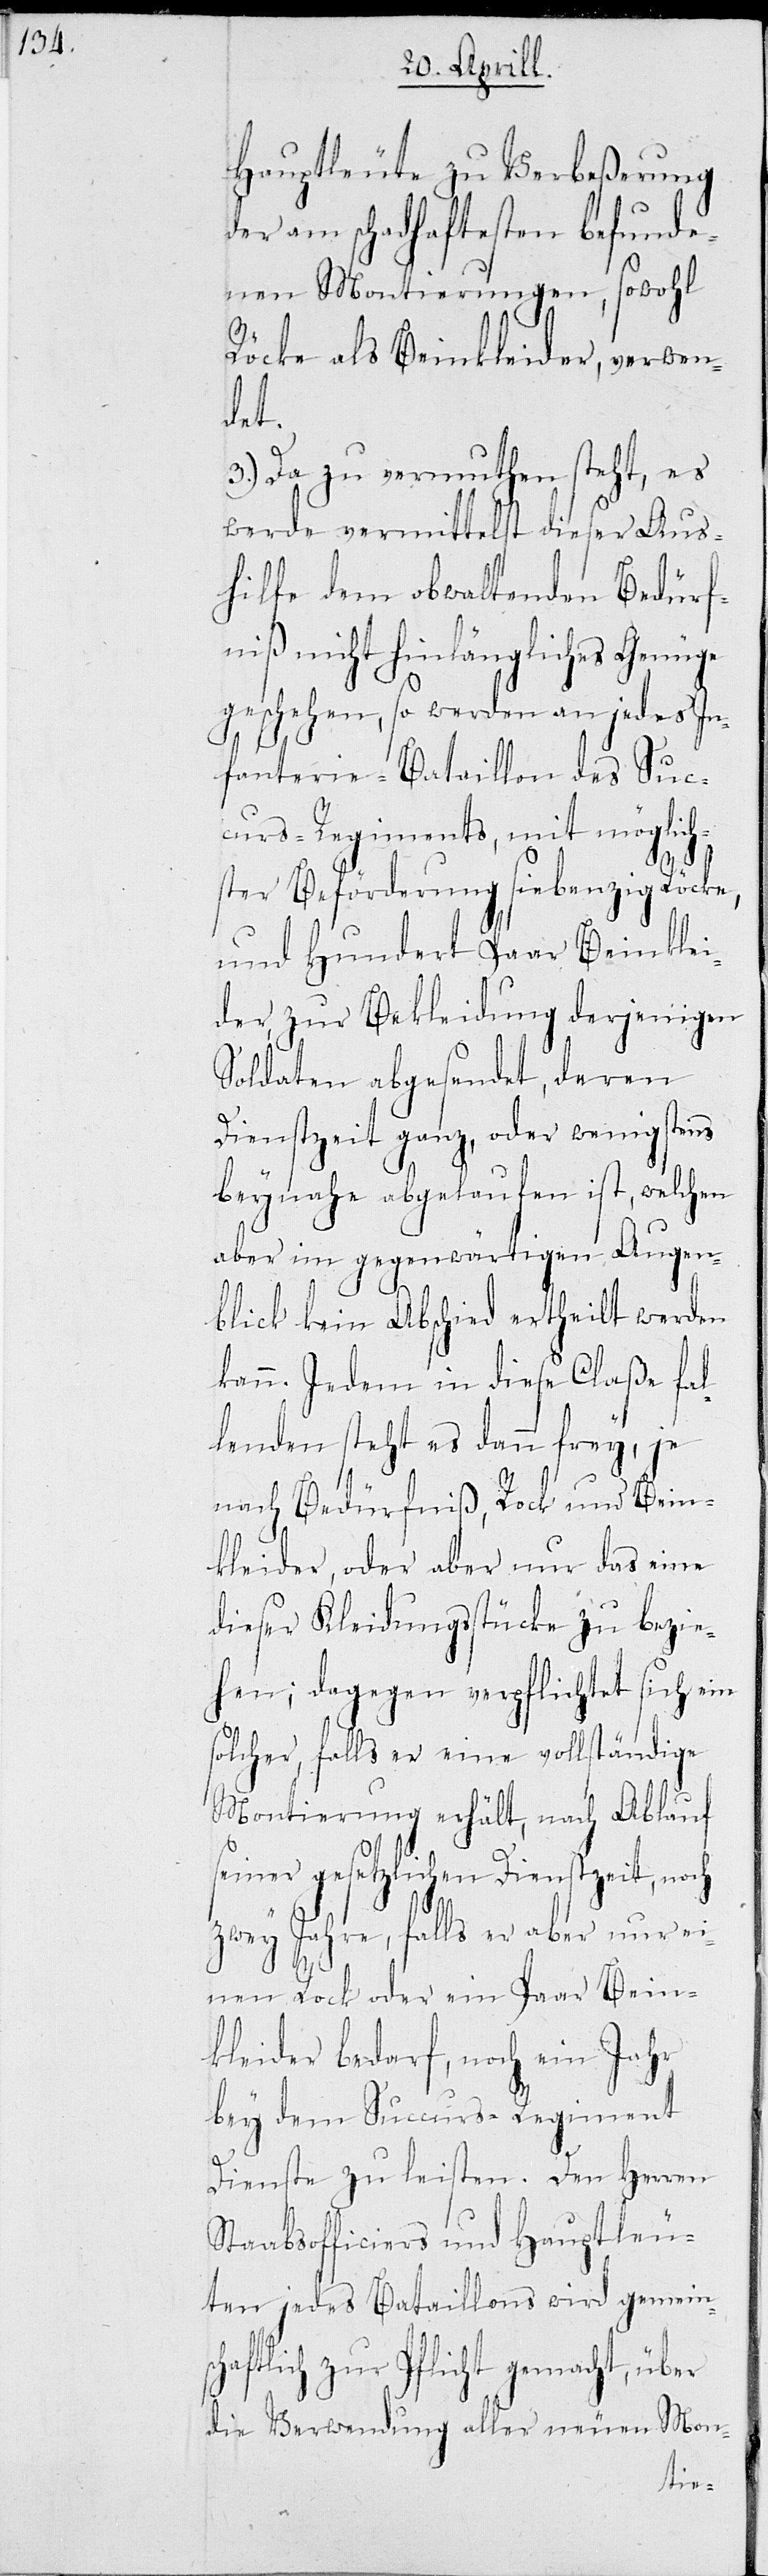
Hauptleute zu Verbeßerung
der am schadhaftesten befunde¬
nen Montierungen, sowohl
Röcke als Beinkleider, verwen¬
det.
3.) Da zu vermuthen steht, es
werde vermittelst dieser Aus¬
hilfe dem obwaltenden Bedürf¬
niß nicht hinlänglich Genüge
geschehen, so werden an jedes In¬
fanterie-Bataillon des Suc¬
curs-Regiments, mit möglich¬
ster Beförderung siebenzig Röcke,
und hundert Paar Beinklei¬
der zur Bekleidung derjenigen
Soldaten abgesendet, deren
Dienstzeit ganz, oder wenigstens
beynahe abgelaufen ist, welchen
aber im gegenwärtigen Augen¬
blick kein Abschied ertheilt werden
kann. Jedem in diese Claße fal¬
lenden steht es dann frey, je
nach Bedürfniß, Rock und Bein¬
kleider, oder aber nur das eine
dieser Kleidungsstücke zu bezie¬
hen; dagegen verpflichtet sich ein
solcher, falls er einen vollständige
Montierung erhält, nach Ablauf
seiner gesetzlichen Dienstzeit, noch
zwey Jahre, falls er aber nur ei¬
nen Rock oder ein Paar Bein¬
kleider bedarf, noch ein Jahr
bey dem Succurs-Regiment
Dienst zu leisten. Den Herren
Staabsofficiers und Hauptleu¬
ten jedes Bataillons wird gemeins¬
chaftlich zur Pflicht gemacht, über
die Verwendung aller neuen Mon-